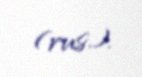
(rus.).